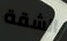
الشقة